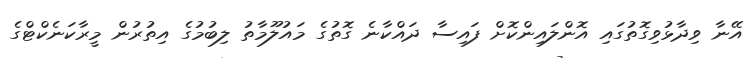
އޭނާ ވިދާޅުވިގޮތުގައި އޮންލައިންކޮށް ފައިސާ ދައްކާނެ ގޮތުގެ މައުލޫމާތު ލިބުމުގެ އިތުރުން މީރާކަނެކްޓްގެ